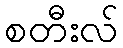
စတီးလ်